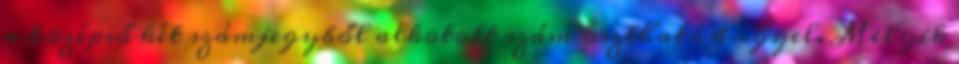
a középső két számjegyből alkotott szám osztható 4-gyel. Melyik